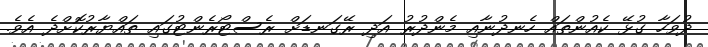
ދުވަހާ ގުޅޭ ކެއުންތައް ހެނދުނާއި މެންދުރު އަދި ރޭގަނޑަށް ރެސްޓޯރެންޓުގައި ތައްޔާރުކޮށްދެ އެވެ.